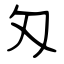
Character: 匁